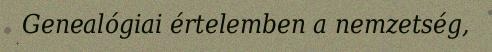
Genealógiai értelemben a nemzetség,